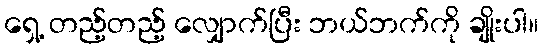
ရှေ့ တည့်တည့် လျှောက်ပြီး ဘယ်ဘက်ကို ချိုးပါ။